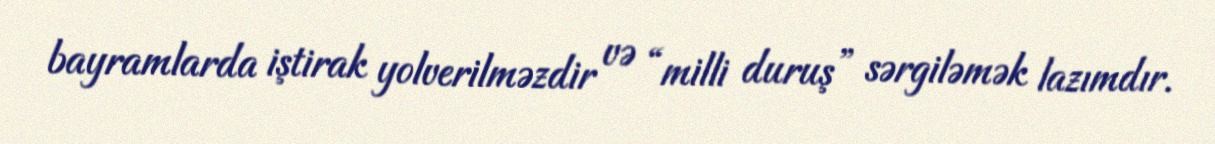
bayramlarda iştirak yolverilməzdir və “milli duruş” sərgiləmək lazımdır.